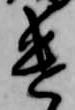
遣